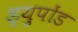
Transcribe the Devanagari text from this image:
ड्युपोंड